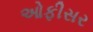
ઓફીસર